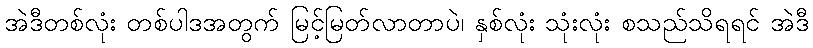
အဲဒီတစ်လုံး တစ်ပါဒအတွက် မြင့်မြတ်လာတာပဲ၊ နှစ်လုံး သုံးလုံး စသည်သိရရင် အဲဒီ